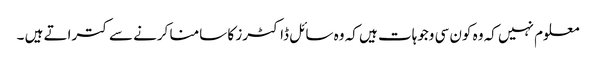
معلوم نہیں کہ وہ کون سی وجوہات ہیں کہ وہ سائل ڈاکٹرز کا سامنا کرنے سے کتراتے ہیں ۔